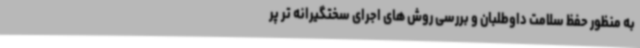
به منظور حفظ سلامت داوطلبان و بررسی روش های اجرای سختگیرانه تر پر